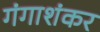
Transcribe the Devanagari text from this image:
गंगाशंकर